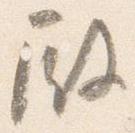
殿